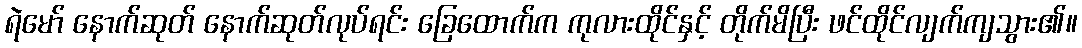
ရဲမော် နောက်ဆုတ် နောက်ဆုတ်လုပ်ရင်း ခြေထောက်က ကုလားထိုင်နှင့် တိုက်မိပြီး ဖင်ထိုင်လျက်ကျသွား၏။